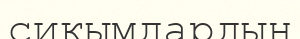
сиқымдардың